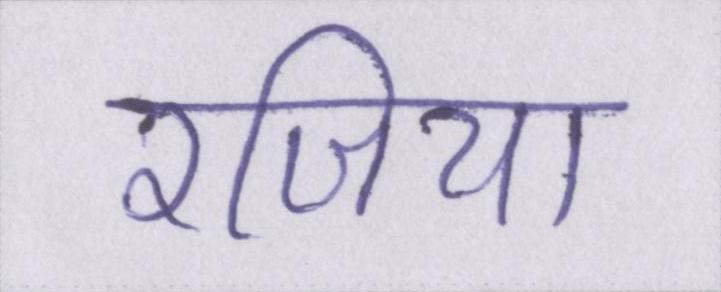
रजिया